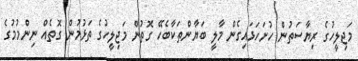
މަޖިލީހުގެ ރިޔާސަތުން ހުށަހަޅައިގެން މާލީ ބަޔާންތަކާބެހޭ ގޮތުން މަޖިލީހުގެ ތަޅުމުން ގޮތެއް ނިންމުމުގެ